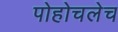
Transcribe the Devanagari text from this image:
पोहोचलेच